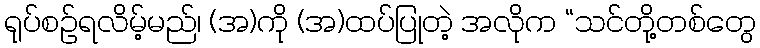
ရုပ်စဉ်ရလိမ့်မည်၊ (အ)ကို (အ)ထပ်ပြုတဲ့ အလိုက “သင်တို့တစ်တွေ